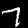
Digit: 7